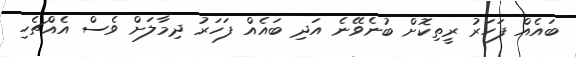
ބައެއް ފަހަރު ރީތިކޮށް ބުނެވޭނެ އަދި ބައެއް ފަހަރު ދިމާލަށް ވެސް އެއްޗެހި